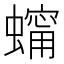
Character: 𧑗